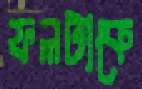
ফলটাকে